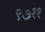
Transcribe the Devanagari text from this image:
९७११